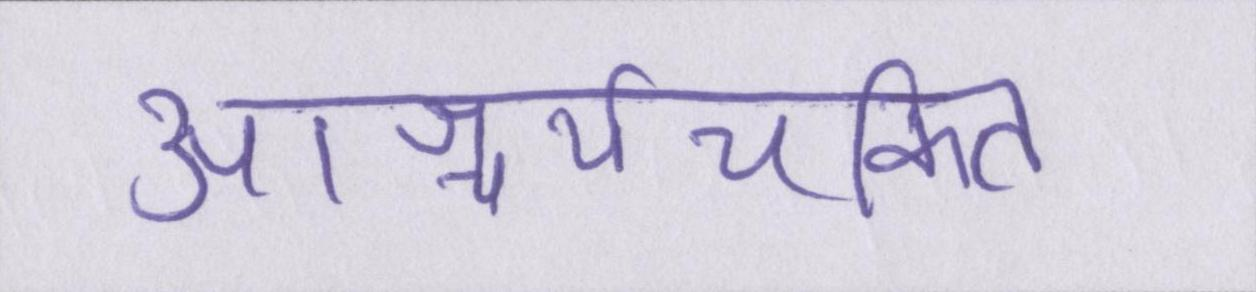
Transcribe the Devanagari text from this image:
आश्चर्यचकित